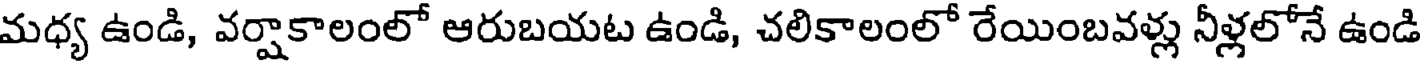
మధ్య ఉండి, వర్షాకాలంలో ఆరుబయట ఉండి, చలికాలంలో రేయింబవళ్లు నీళ్లలోనే ఉండి